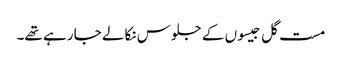
مست گل جیسوں کے جلوس نکالے جا رہے تھے۔